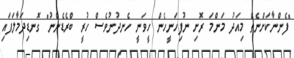
"ފެންނާކަށްނެތް މިއަދު މަންމަ ރޮށި ނުފިހަނީހެން ހީވަނީ ހެނދުނުވެސް ހުރީ ބްރެޑެންނު" ގޮނޑިދަމާލަފައި